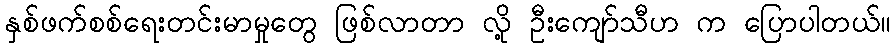
နှစ်ဖက်စစ်ရေးတင်းမာမှုတွေ ဖြစ်လာတာ လို့ ဦးကျော်သီဟ က ပြောပါတယ်။